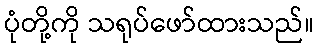
ပုံတို့ကို သရုပ်ဖော်ထားသည်။